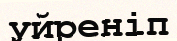
уйреніп